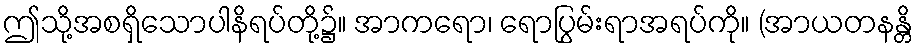
ဤသို့အစရှိသောပါနိရပ်တို့၌။ အာကရော၊ ရောပြွမ်းရာအရပ်ကို။ (အာယတနန္တိ